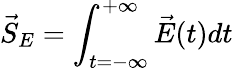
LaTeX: \vec{S}_{E}=\int_{t=-\infty}^{+\infty}\vec{E}(t)dt